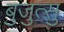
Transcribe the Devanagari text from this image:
बुजुत्सु